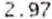
2.97